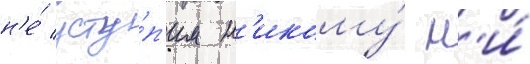
н'е́ усту́п'им н'икому́ н'и́